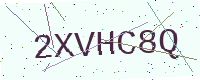
Text: 2XVHC8Q